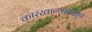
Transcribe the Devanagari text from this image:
कारखान्यापासून